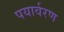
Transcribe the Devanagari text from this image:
पयार्वरण